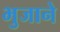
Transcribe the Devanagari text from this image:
भुजाने